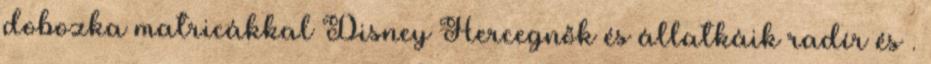
dobozka matricákkal Disney Hercegnők és állatkáik radír és .